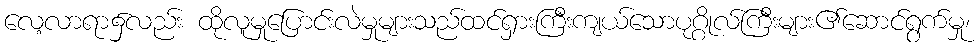
လေ့လာရာ၌လည်း ထိုလူမှုပြောင်းလဲမှုများသည်ထင်ရှားကြီးကျယ်သောပုဂ္ဂိုလ်ကြီးများ၏ဆောင်ရွက်မှု၊